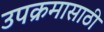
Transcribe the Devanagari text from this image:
उपक्रमासाठी